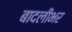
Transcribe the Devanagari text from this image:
बादलीभर